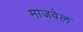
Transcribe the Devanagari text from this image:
माजवेल